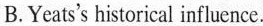
B.Yeats's historical influence.